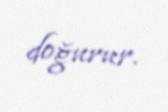
doğurur.